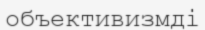
объективизмді